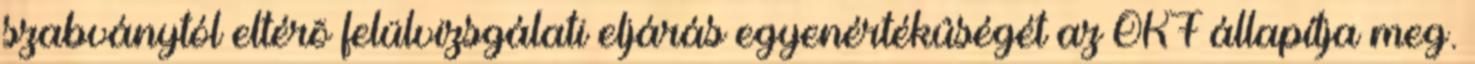
szabványtól eltérõ felülvizsgálati eljárás egyenértékûségét az OKF állapítja meg.